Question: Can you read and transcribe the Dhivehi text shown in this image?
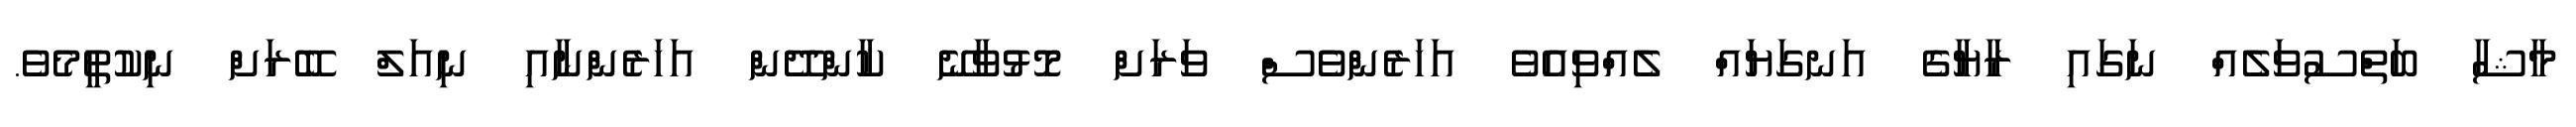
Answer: މާޝާ ބަތްސުވަލެއް ނަގައި ރާޔާގެ އަނގަޔައް ލެއްވިއެވެ އަހަރެންވެސް ވަރަށް މޮޅުވާނޭ ކާންދޭން އަހަރެންނާއި ނިއަލް ބޭރަށް ނިކުތީމެވެ.